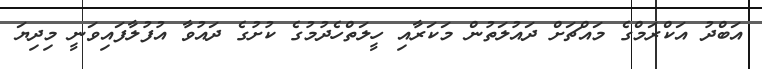
އަބްދު އަކްރަމްގެ މައްޗަށް ދައުލަތުން މަކަރާއި ހީލަތްހެދުމުގެ ކުށުގެ ދައުވާ އުފުލާފައިވަނީ މިދިޔަ